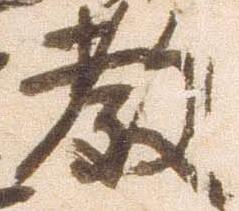
教